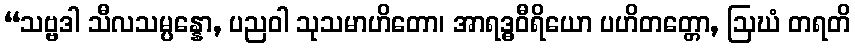
“သဗ္ဗဒါ သီလသမ္ပန္နော, ပညဝါ သုသမာဟိတော၊ အာရဒ္ဓဝီရိယော ပဟိတတ္တော, ဩဃံ တရတိ